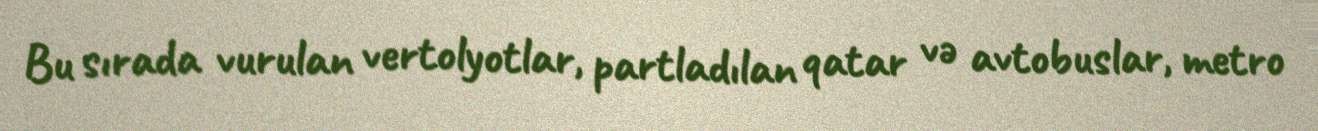
Bu sırada vurulan vertolyotlar, partladılan qatar və avtobuslar, metro